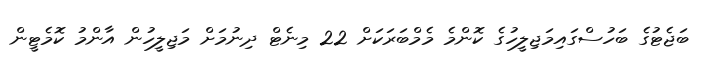
ބަޖެޓުގެ ބަހުސްގައިމަޖިލީހުގެ ކޮންމެ މެމްބަރަކަށް 22 މިނެޓް ދިނުމަށް މަޖިލީހުން އާންމު ކޮމެޓީން